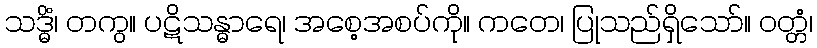
သဒ္ဓိံ၊ တကွ။ ပဋိသန္ဓာရေ၊ အစေ့အစပ်ကို။ ကတေ၊ ပြုသည်ရှိသော်။ ဝတ္တံ၊